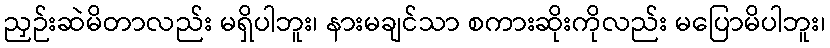
ညှဉ်းဆဲမိတာလည်း မရှိပါဘူး၊ နားမချင်သာ စကားဆိုးကိုလည်း မပြောမိပါဘူး၊